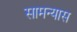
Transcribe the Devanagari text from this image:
सामन्यास